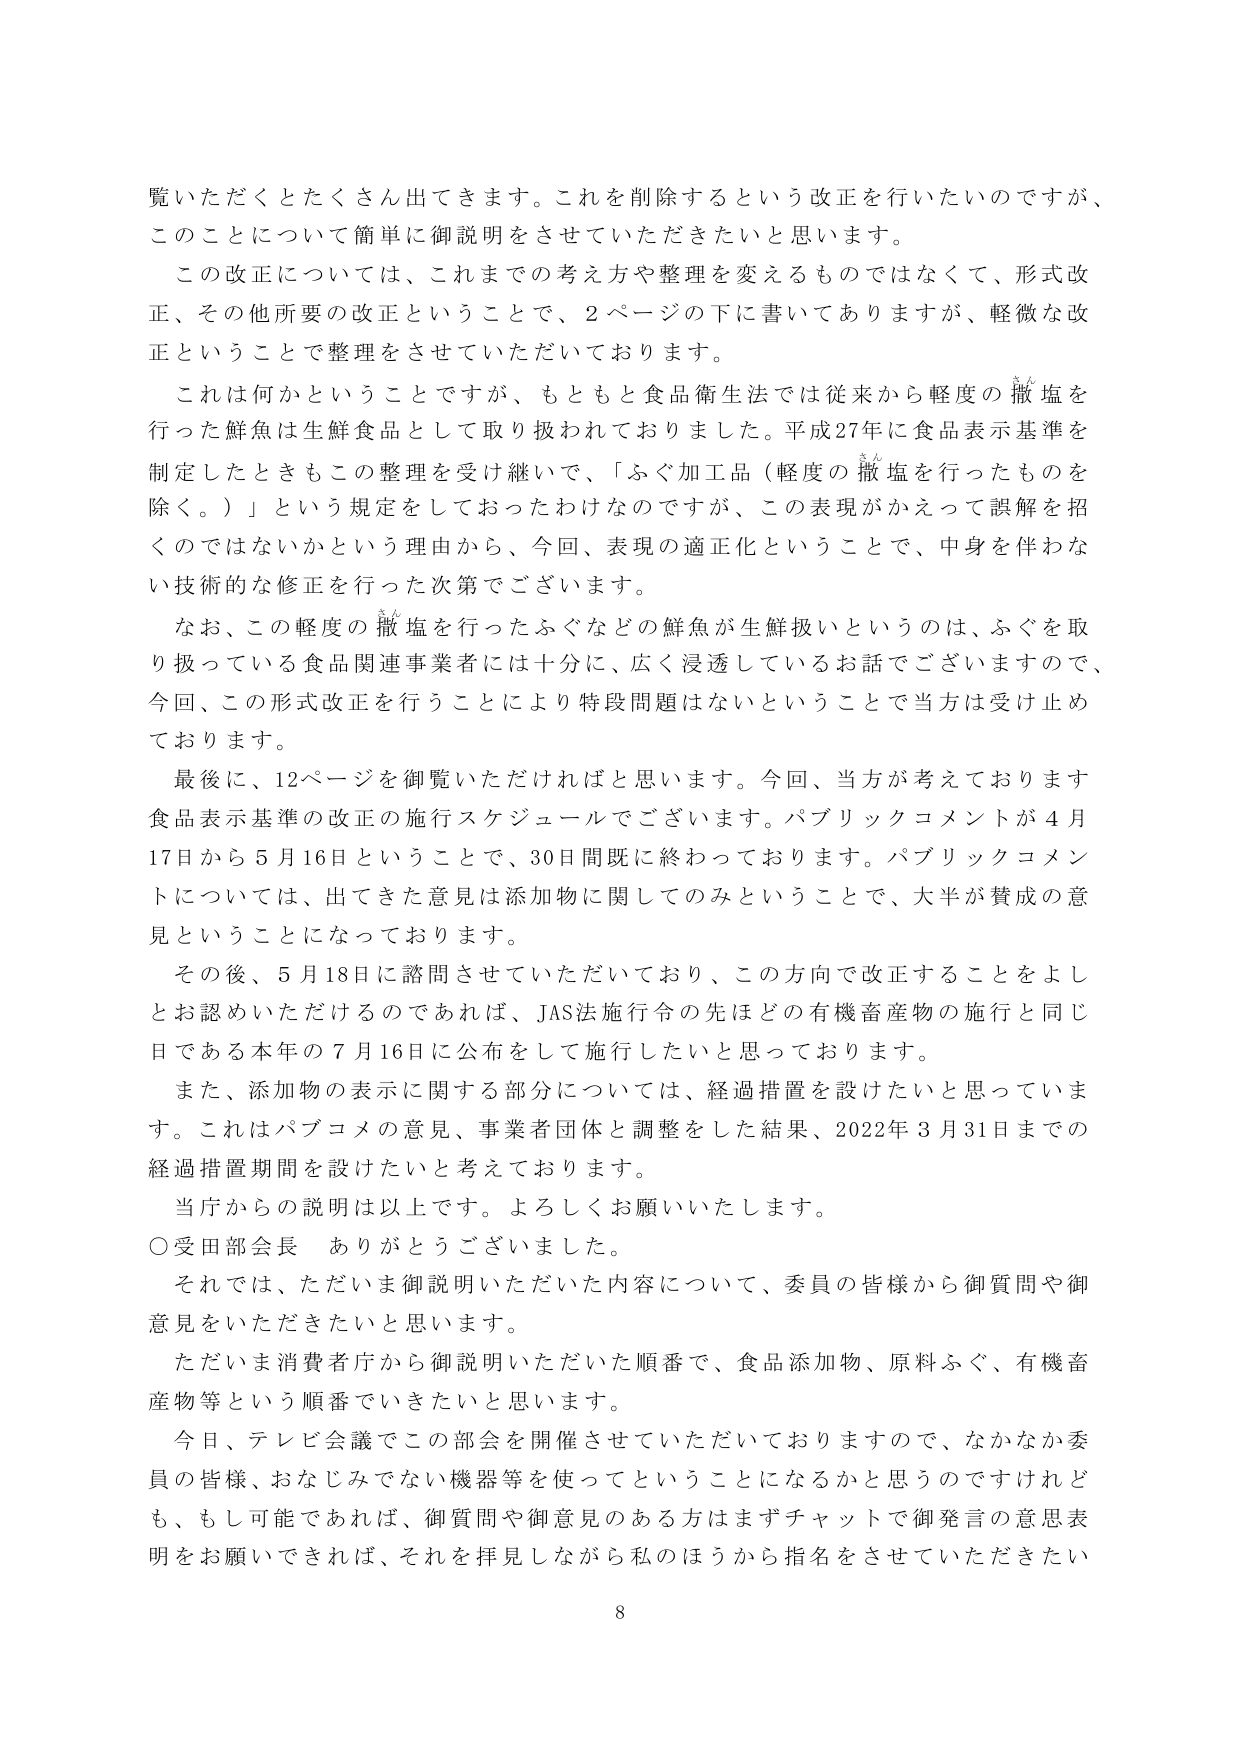
覧いただくとたくさん出てきます。これを削除するという改正を行いたいのですが、
このことについて簡単に御説明をさせていただきたいと思います。

この改正については、これまでの考え方や整理を変えるものではなくて、形式改正、その他所要の改正ということで、2ページの下に書いてありますが、軽微な改正ということで整理をさせていただいております。

これは何かということですが、もともと食品衛生法では従来から軽度の撒塩を行った鮮魚は生鮮食品として取り扱われておりました。平成27年に食品表示基準を制定したときもこの整理を受け継いで、「ふぐ加工品（軽度の撒塩を行ったものを除く。）」という規定をしておったわけなのですが、この表現がかえって誤解を招くのではないかという理由から、今回、表現の適正化ということで、中身を伴わない技術的な修正を行った次第でございます。

なお、この軽度の撒塩を行ったふぐなどの鮮魚が生鮮扱いというのは、ふぐを取り扱っている食品関連事業者には十分に、広く浸透しているお話でございますので、今回、この形式改正を行うことにより特段問題はないということで当方は受け止めております。

最後に、12ページを御覧いただければと思います。今回、当方が考えております食品表示基準の改正の施行スケジュールでございます。パブリックコメントが4月17日から5月16日ということで、30日間既に終わっております。パブリックコメントについては、出てきた意見は添加物に関してのみということで、大半が賛成の意見ということになっております。

その後、5月18日に諮問させていただいており、この方向で改正することをよしとお認めいただけるのであれば、JAS法施行令の先ほどの有機畜産物の施行と同じ日である本年の7月16日に公布をして施行したいと思っております。

また、添加物の表示に関する部分については、経過措置を設けたいと思っています。これはパブコメの意見、事業者団体と調整した結果、2022年3月31日までの経過措置期間を設けたいと考えております。

当庁からの説明は以上です。よろしくお願いいたします。

○受田部会長　ありがとうございました。

それでは、ただいま御説明いただいた内容について、委員の皆様から御質問や御意見をいただきたいと思います。

ただいま消費者庁から御説明いただいた順番で、食品添加物、原料ふぐ、有機畜産物等という順番でいきたいと思います。

今日、テレビ会議でこの部会を開催させていただいておりますので、なかなか委員の皆様、おなじみでない機器等を使ってということになるかと思うのですけれども、もし可能であれば、御質問や御意見のある方はまずチャットで御発言の意思表明をお願いできれば、それを拝見しながら私のほうから指名をさせていただきたい

8